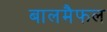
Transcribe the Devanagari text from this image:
बालमैफल